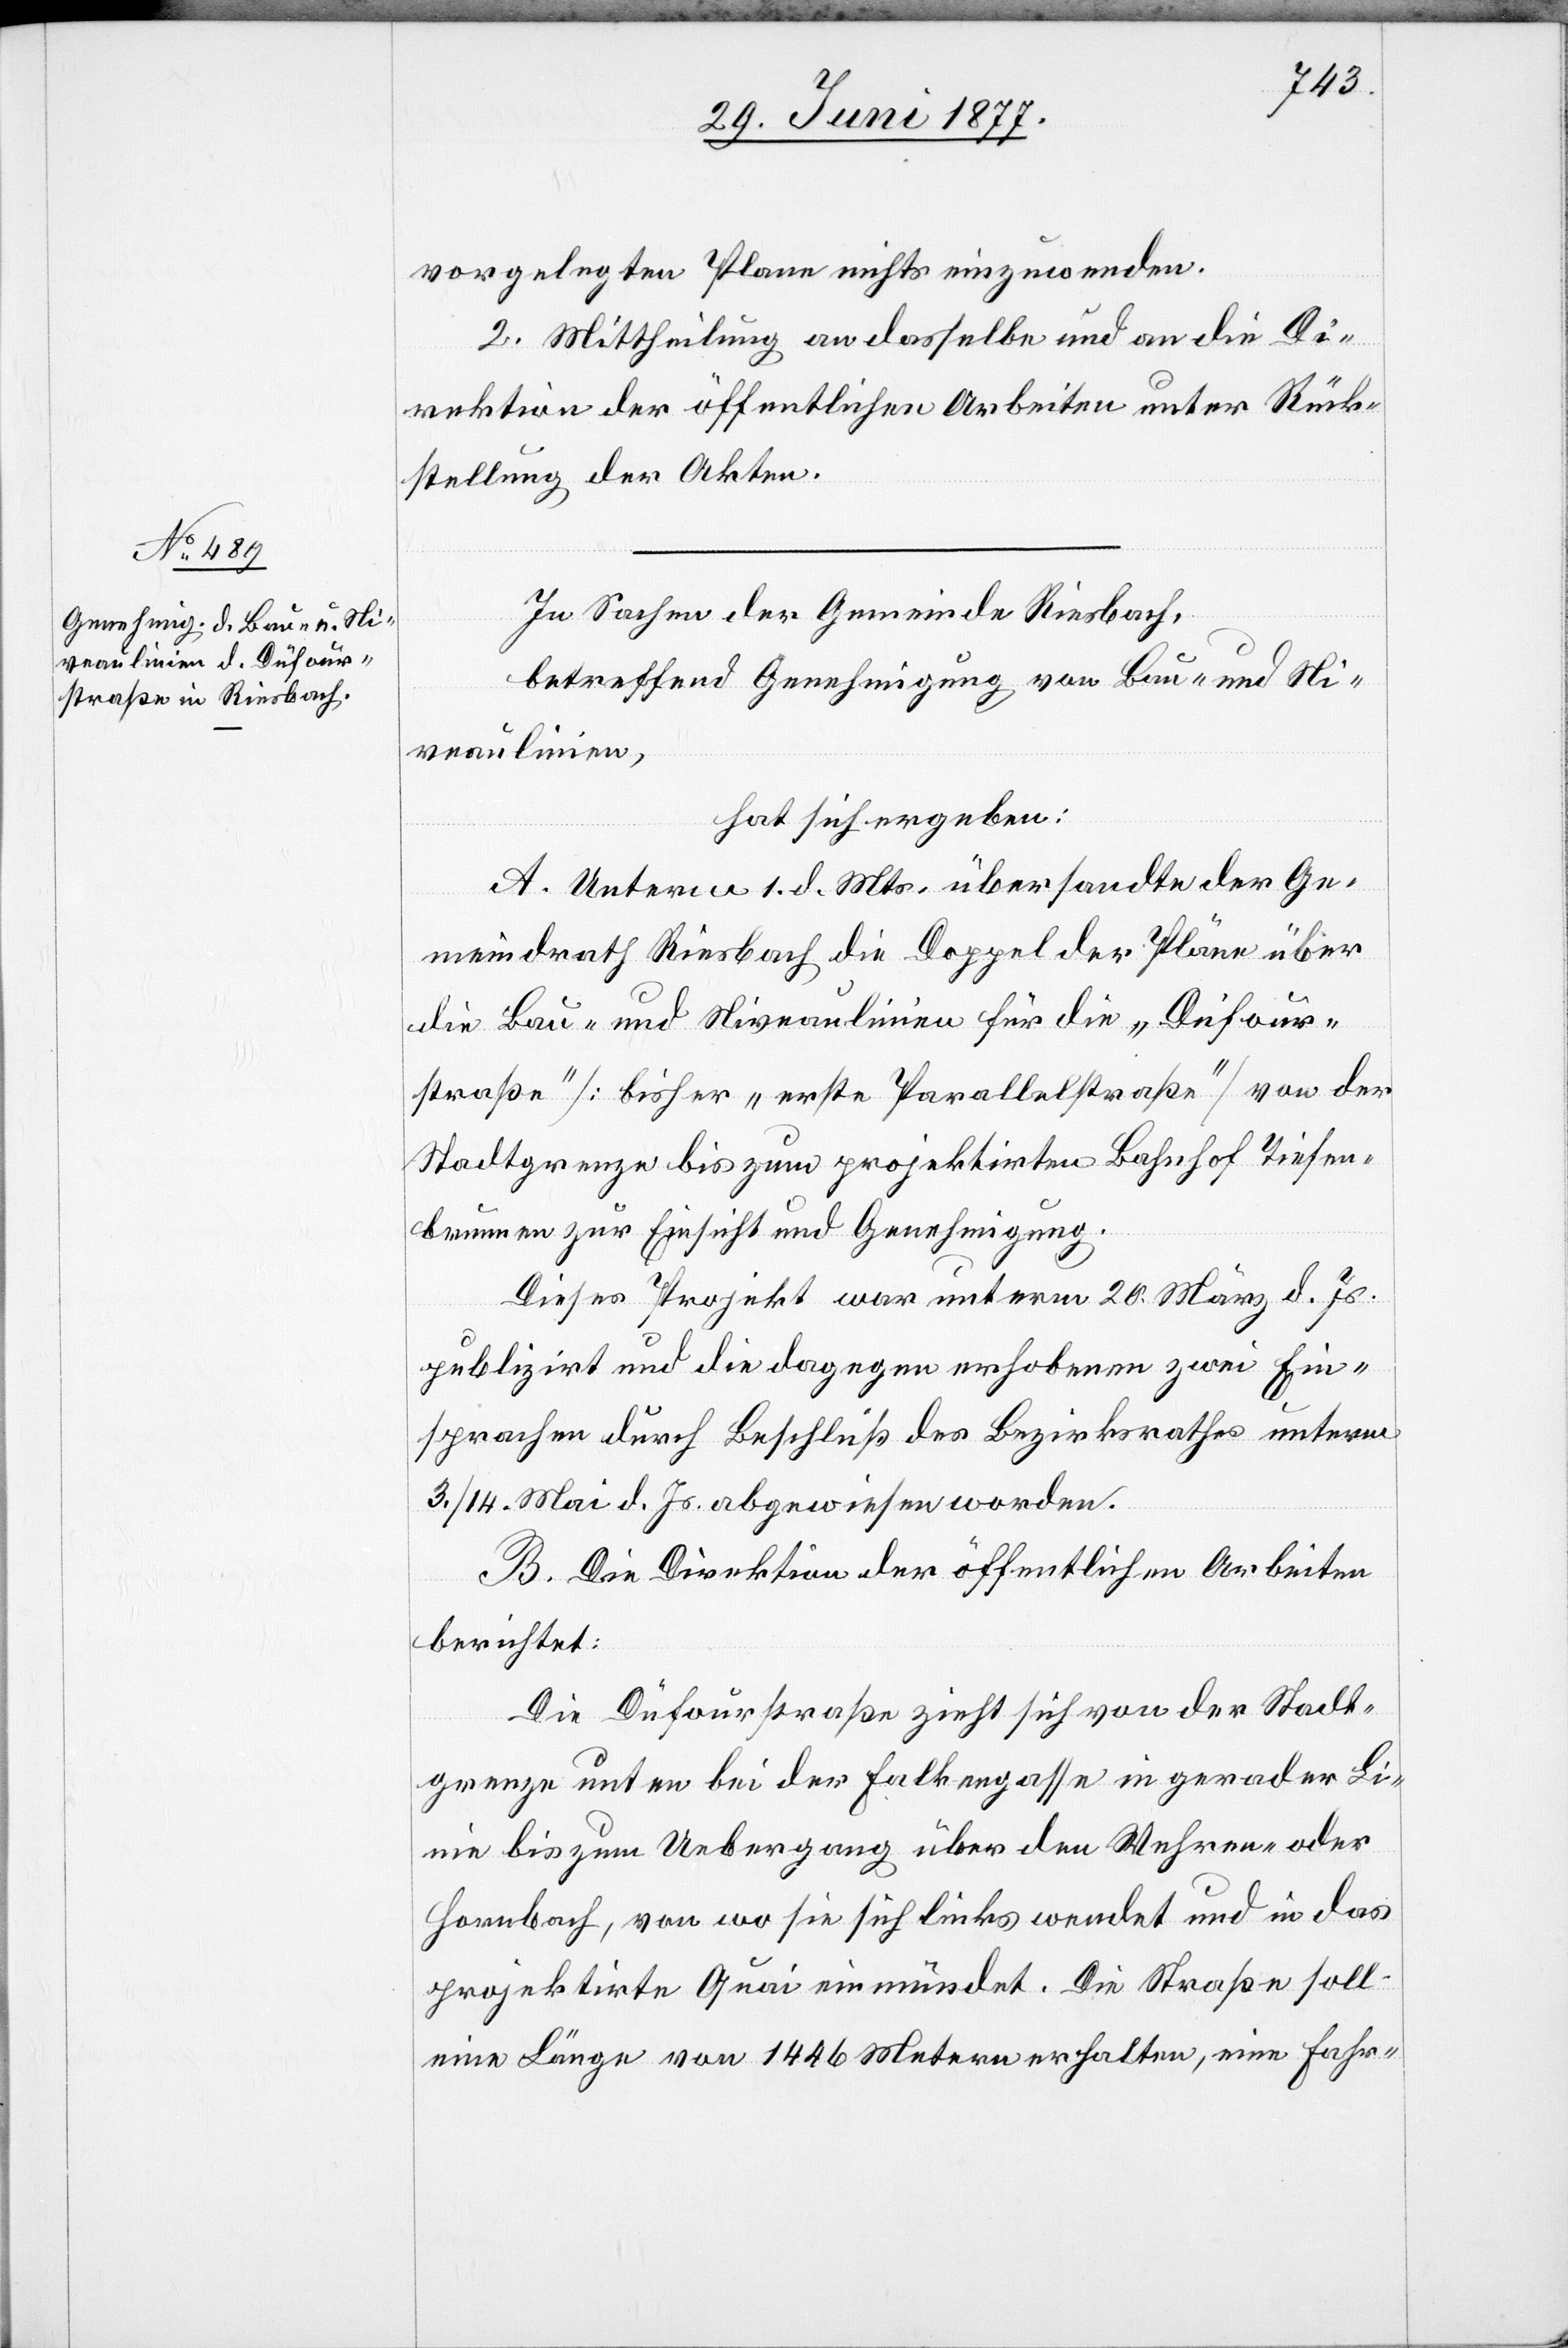
vorgelegten Plane nichts einzuwenden.
2. Mittheilung an dasselbe und an die Di¬
rektion der öffentlichen Arbeiten unter Rück¬
stellung der Akten.
In Sachen der Gemeinde Riesbach,
betreffend Genehmigung von Bau- und Ni¬
veaulinien,
hat sich ergeben:
A. Unterm 1. d. Mts. übersandte der Ge¬
meindrath Riesbach die Doppel der Pläne über
die Bau- und Niveaulinien für die „Dufour¬
straße“ [bisher „erste Parallelstraße“] von der
Stadtgrenze bis zum projektirten Bahnhof Tiefen¬
brunnen zur Einsicht und Genehmigung.
Dieses Projekt war unterm 20. März d. Js.
publizirt und die dagegen erhobenen zwei Ein¬
sprachen durch Beschluß des Bezirksrathes unterm
3./14. Mai d. Js. abgewiesen worden.
B. Die Direktion der öffentlichen Arbeiten
berichtet:
Die Düfourstraße [sic!] zieht sich von der Stadt¬
grenze unter bei der Falkengasse in gerader Li¬
nie bis zum Uebergang über den Wehren- oder
Hornbach, von wo sie sich links wendet und in das
projektirte Quai einmündet. Die Straße soll
eine Länge von 1446 Metern erhalten, eine Fahr-